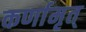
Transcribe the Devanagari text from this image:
कर्णामृत्